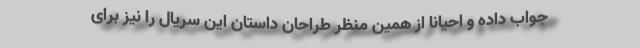
جواب داده و احیاناً از همین منظر طراحان داستان این سریال را نیز برای